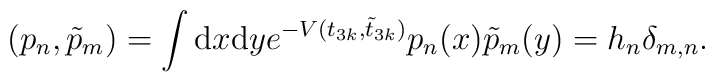
(p_{n},\tilde{p}_{m})=\int{\rm d}x{\rm d}ye^{-V(t_{3k},\tilde{t}_{3k})}p_{n}(x)\tilde{p}_{m}(y)=h_{n}\delta_{m,n}.